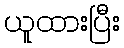
ယူထားပြီး